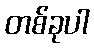
တစ်ခုပါ